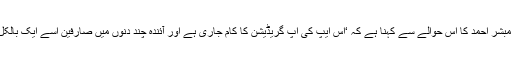
کمپنی کے کونٹینٹ اسپیشلسٹ مبشر احمد کا اس حوالے سے کہنا ہے کہ ‘اس ایپ کی اَپ گریڈیشن کا کام جاری ہے اور آئندہ چند دنوں میں صارفین اسے ایک بالکل نئے ڈیزائن میں دیکھیں گے’۔